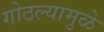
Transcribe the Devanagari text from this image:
गोठल्यामुळे